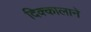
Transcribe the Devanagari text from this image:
दिक्कालाने